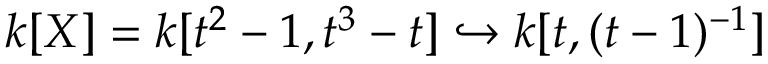
k [ X ] = k [ t ^ { 2 } - 1 , t ^ { 3 } - t ] \hookrightarrow k [ t , ( t - 1 ) ^ { - 1 } ]